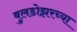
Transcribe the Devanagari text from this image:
बुलडोझरच्या